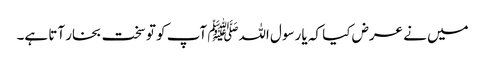
میں نے عرض کیا کہ یا رسول اللہﷺ آپ کو تو سخت بخار آتا ہے۔